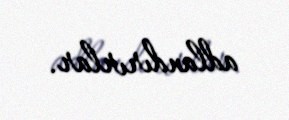
adlandırırlar.